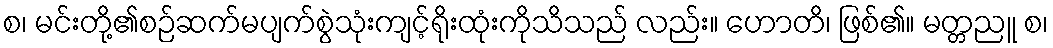
စ၊ မင်းတို့၏စဉ်ဆက်မပျက်စွဲသုံးကျင့်ရိုးထုံးကိုသိသည် လည်း။ ဟောတိ၊ ဖြစ်၏။ မတ္တညူ စ၊